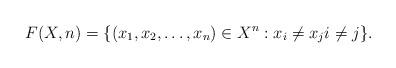
LaTeX: \begin{align*}F(X,n)=\{(x_1,x_2,\ldots,x_n)\in X^n: x_i\neq x_j i\neq j\}.\end{align*}